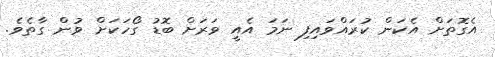
އެގޮތަށް އެކަން ކުރައްވައިފި ނަމަ އެއީ ވަރަށް ބޮޑު ގޯހަކަށް ވުން ގާތެވެ.